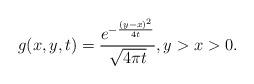
LaTeX: \begin{align*}g(x,y,t) = \frac{e^{ - \frac{(y-x)^{2}}{4t} }}{\sqrt{4 \pi t}}, y>x>0.\end{align*}